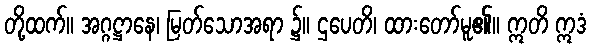
တို့ထက်။ အဂ္ဂဋ္ဌာနေ၊ မြတ်သောအရာ ၌။ ဌပေတိ၊ ထားတော်မူ၏။ ဣတိ ဣဒံ